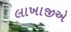
લાખાજીએ